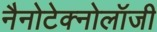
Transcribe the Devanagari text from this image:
नैनोटेक्नोलॉजी